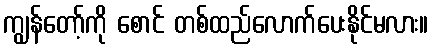
ကျွန်တော့်ကို စောင် တစ်ထည်လောက်ပေးနိုင်မလား။